Civil Veterinary Dept. North-West Frontier Province 1901-22 - 1901-1922
Year: 1901
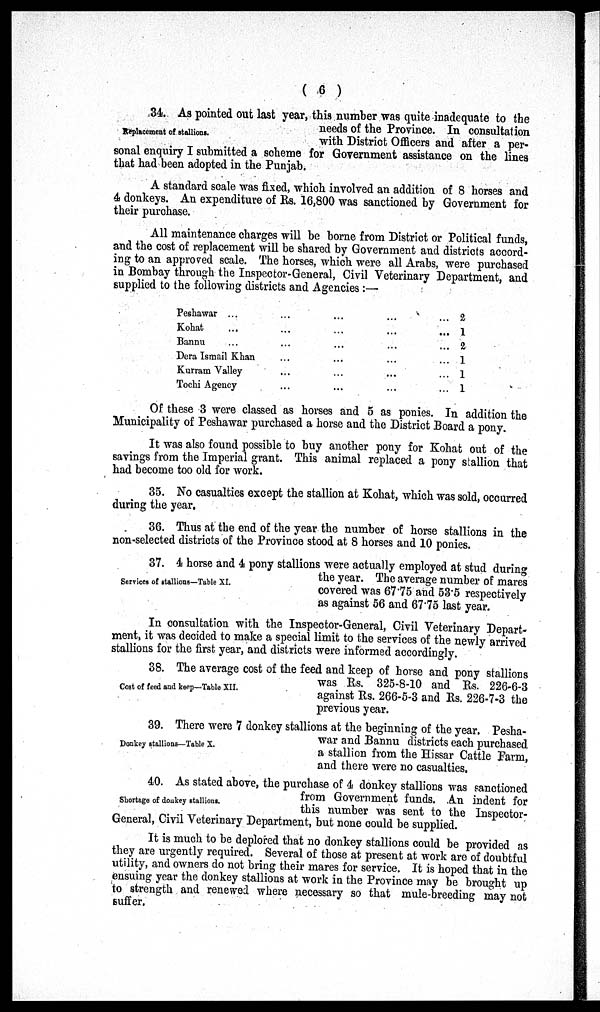
( 6 )
Replacement of stallions.
34. As pointed out last year, this number was quite inadequate to the
needs of the Province. In consultation
with District Officers and after a per-
sonal enquiry I submitted a scheme for Government assistance on the lines
that had been adopted in the Punjab.
A standard scale was fixed, which involved an addition of 8 horses and
4 donkeys. An expenditure of Rs. 16,800 was sanctioned by Government for
their purchase.
All maintenance charges will be borne from District or Political funds,
and the cost of replacement will be shared by Government and districts accord-
ing to an approved scale. The horses, which were all Arabs, were purchased
in Bombay through the Inspector-General, Civil Veterinary Department, and
supplied to the following districts and Agencies:—
Peshawar ...
Kohat ...
Bannu ...
Dera Ismail Khan
Kurram Valley
Tochi Agency
...
...
...
...
...
...
...
...
...
...
...
...
...
...
...
...
...
...
...
...
...
...
...
...
2
1
2
1
1
1
Of these 3 were classed as horses and 5 as ponies. In addition the
Municipality of Peshawar purchased a horse and the District Board a pony.
It was also found possible to buy another pony for Kohat out of the
savings from the Imperial grant. This animal replaced a pony stallion that
had become too old for work.
35. No casualties except the stallion at Kohat, which was sold, occurred
during the year.
36. Thus at the end of the year the number of horse stallions in the
non-selected districts of the Province stood at 8 horses and 10 ponies.
Services of stallions—Table XI.
37. 4 horse and 4 pony stallions were actually employed at stud during
the year. The average number of mares
covered was 67.75 and 53.5 respectively
as against 56 and 67.75 last year.
In consultation with the Inspector-General, Civil Veterinary Depart-
ment, it was decided to make a special limit to the services of the newly arrived
stallions for the first year, and districts were informed accordingly.
Cost of feed and keep—Table XII.
38. The average cost of the feed and keep of horse and pony stallions
was Rs. 325-8-10 and Rs. 226-6-3
against Rs. 266-5-3 and Rs. 226-7-3 the
previous year.
Donkey stallions—Table X.
39. There were 7 donkey stallions at the beginning of the year. Pesha-
war and Bannu districts each purchased
a stallion from the Hissar Cattle Farm,
and there were no casualties.
Shortage of donkey stallions.
40. As stated above, the purchase of 4 donkey stallions was sanctioned
from Government funds. An indent for
this number was sent to the Inspector—
General, Civil Veterinary Department, but none could be supplied.
It is much to be deplored that no donkey stallions could be provided as
they are urgently required. Several of those at present at work are of doubtful
utility, and owners do not bring their mares for service. It is hoped that in the
ensuing year the donkey stallions at work in the Province may be brought up
to strength and renewed where necessary so that mule-breeding may not
suffer.